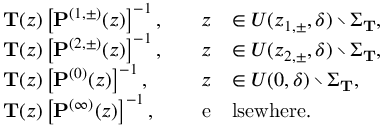
\begin{array} { r l r l } & { \mathbf { T } ( z ) \left[ \mathbf { P } ^ { ( 1 , \pm ) } ( z ) \right] ^ { - 1 } , \quad } & { z } & { \in U ( z _ { 1 , \pm } , \delta ) \setminus \Sigma _ { \mathbf { T } } , } \\ & { \mathbf { T } ( z ) \left[ \mathbf { P } ^ { ( 2 , \pm ) } ( z ) \right] ^ { - 1 } , \quad } & { z } & { \in U ( z _ { 2 , \pm } , \delta ) \setminus \Sigma _ { \mathbf { T } } , } \\ & { \mathbf { T } ( z ) \left[ \mathbf { P } ^ { ( 0 ) } ( z ) \right] ^ { - 1 } , \quad } & { z } & { \in U ( 0 , \delta ) \setminus \Sigma _ { \mathbf { T } } , } \\ & { \mathbf { T } ( z ) \left[ \mathbf { P } ^ { ( \infty ) } ( z ) \right] ^ { - 1 } , \quad } & { \mathrm { e } } & { \mathrm { l s e w h e r e } . } \end{array}